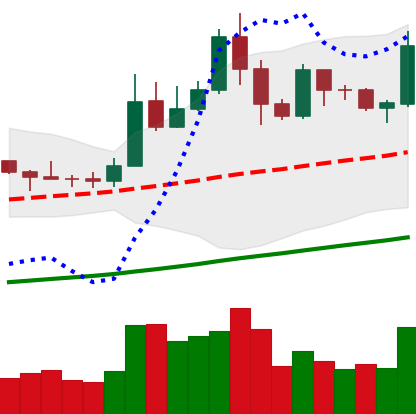
Ticker: LTC-USD
Chart end date: 2019-05-24
Forward return: 15.193%
Label: up_7plus